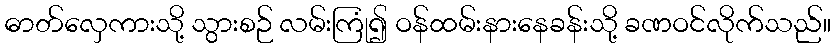
ဓာတ်လှေကားသို့ သွားစဉ် လမ်းကြုံ၍ ဝန်ထမ်းနားနေခန်းသို့ ခဏဝင်လိုက်သည်။